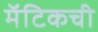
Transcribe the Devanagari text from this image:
मॅटिकची